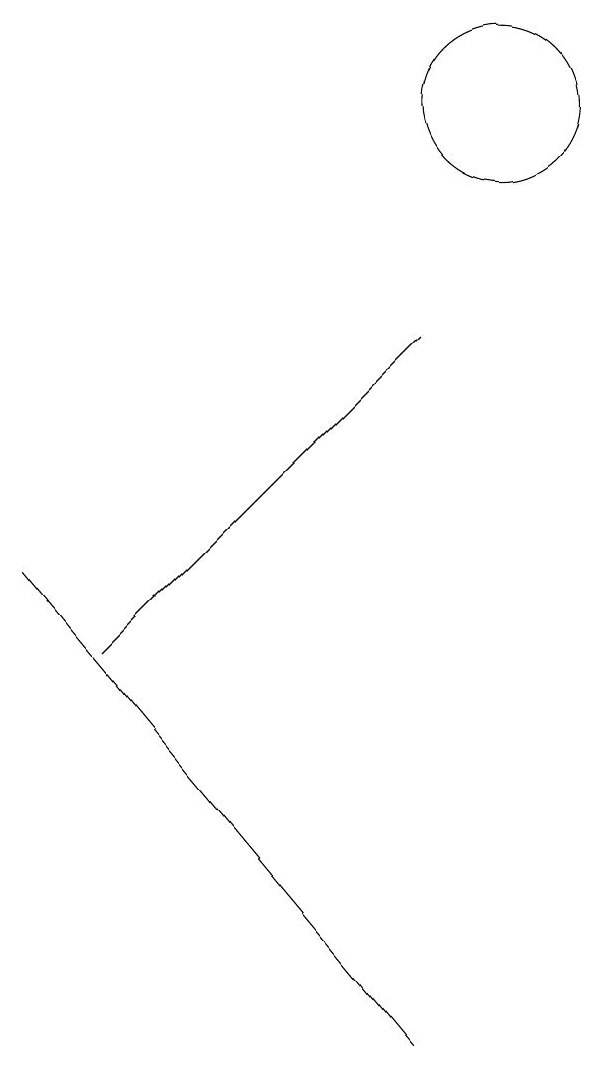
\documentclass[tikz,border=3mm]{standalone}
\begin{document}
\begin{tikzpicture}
\draw (9,9) -- (5,5) -- (9,9) -- cycle;
\draw (10,12) circle (1);
\draw (9,0) -- (4,6) -- (9,0) -- cycle;
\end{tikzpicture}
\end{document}